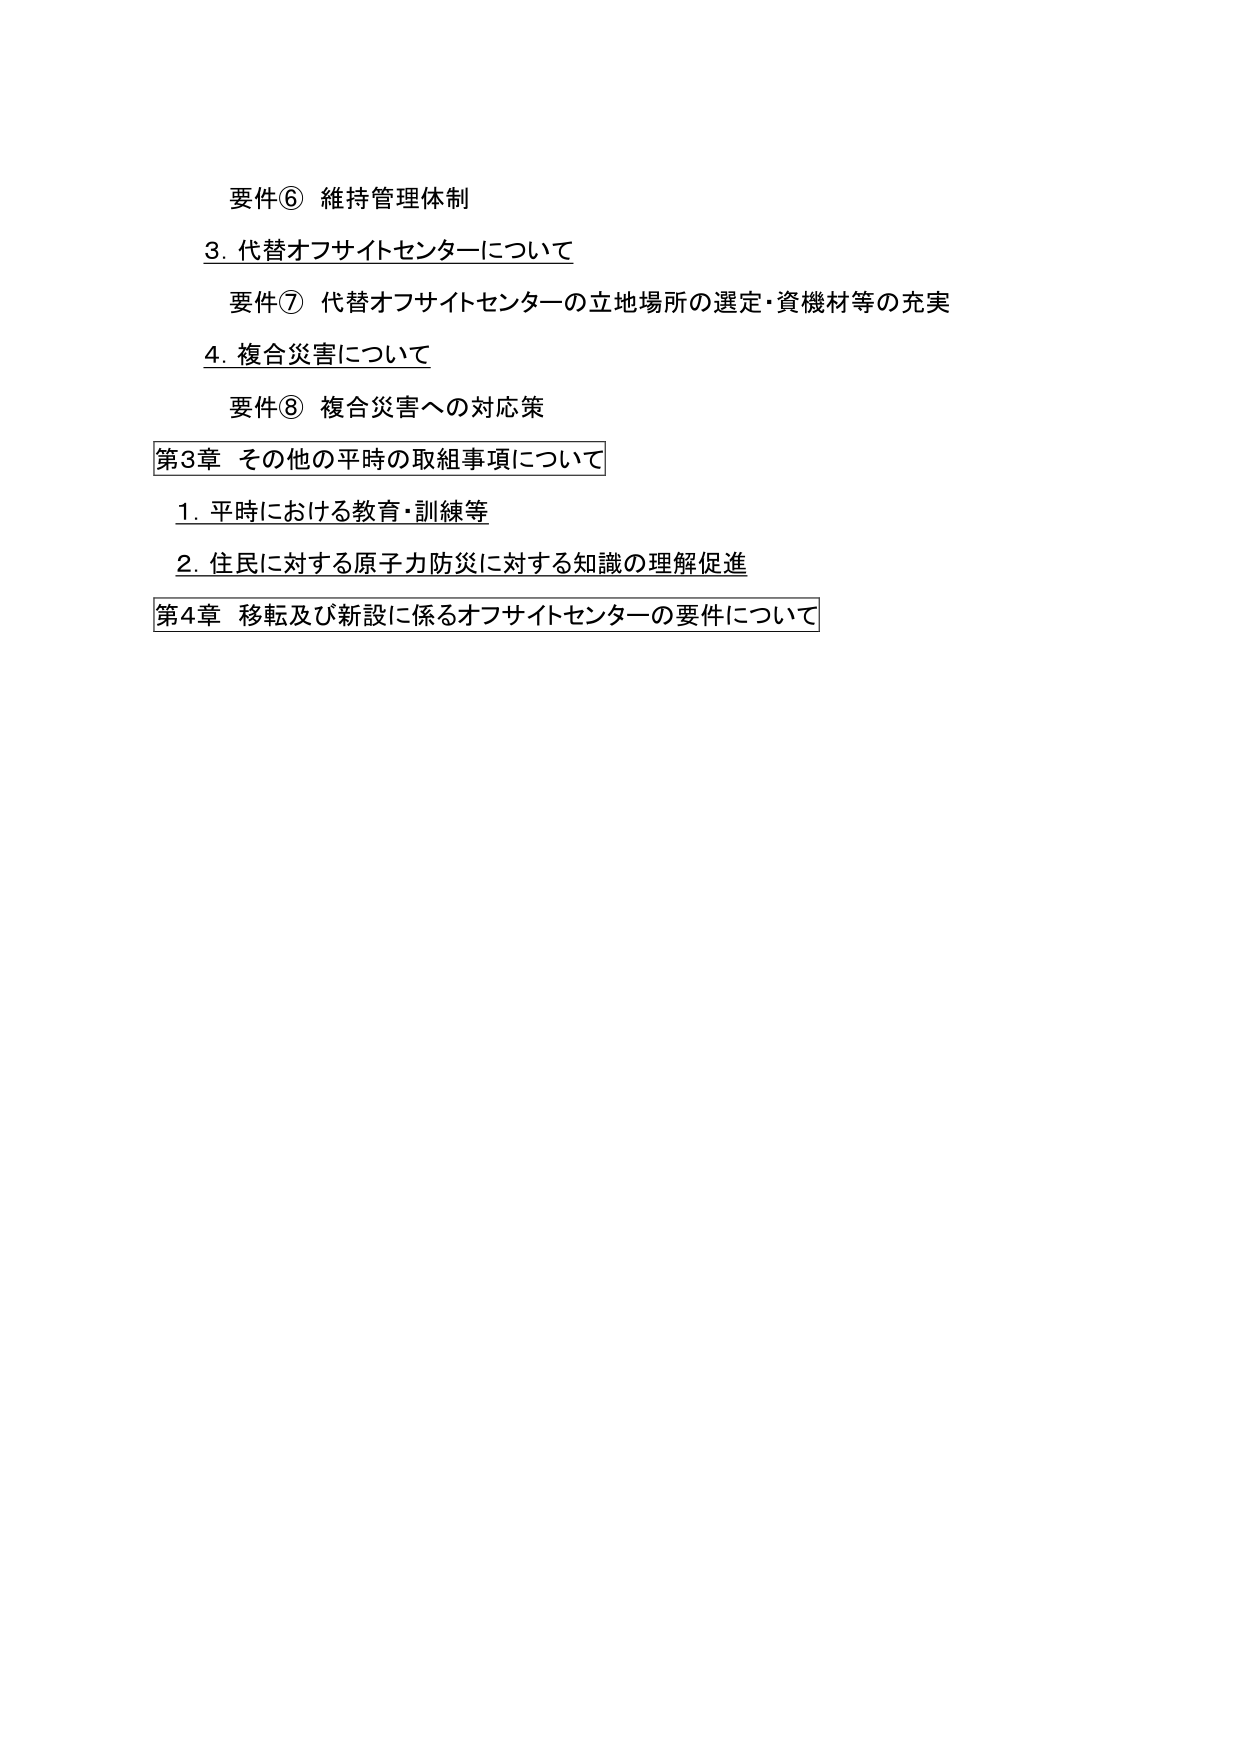
要件⑥ 維持管理体制
3. 代替オフサイトセンターについて
　要件⑦ 代替オフサイトセンターの立地場所の選定・資機材等の充実
4. 複合災害について
　要件⑧ 複合災害への対応策
第3章 その他の平時の取組事項について
　1. 平時における教育・訓練等
　2. 住民に対する原子力防災に対する知識の理解促進
第4章 移転及び新設に係るオフサイトセンターの要件について